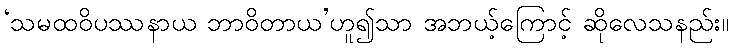
‘သမထဝိပဿနာယ ဘာဝိတာယ’ဟူ၍သာ အဘယ့်ကြောင့် ဆိုလေသနည်း။